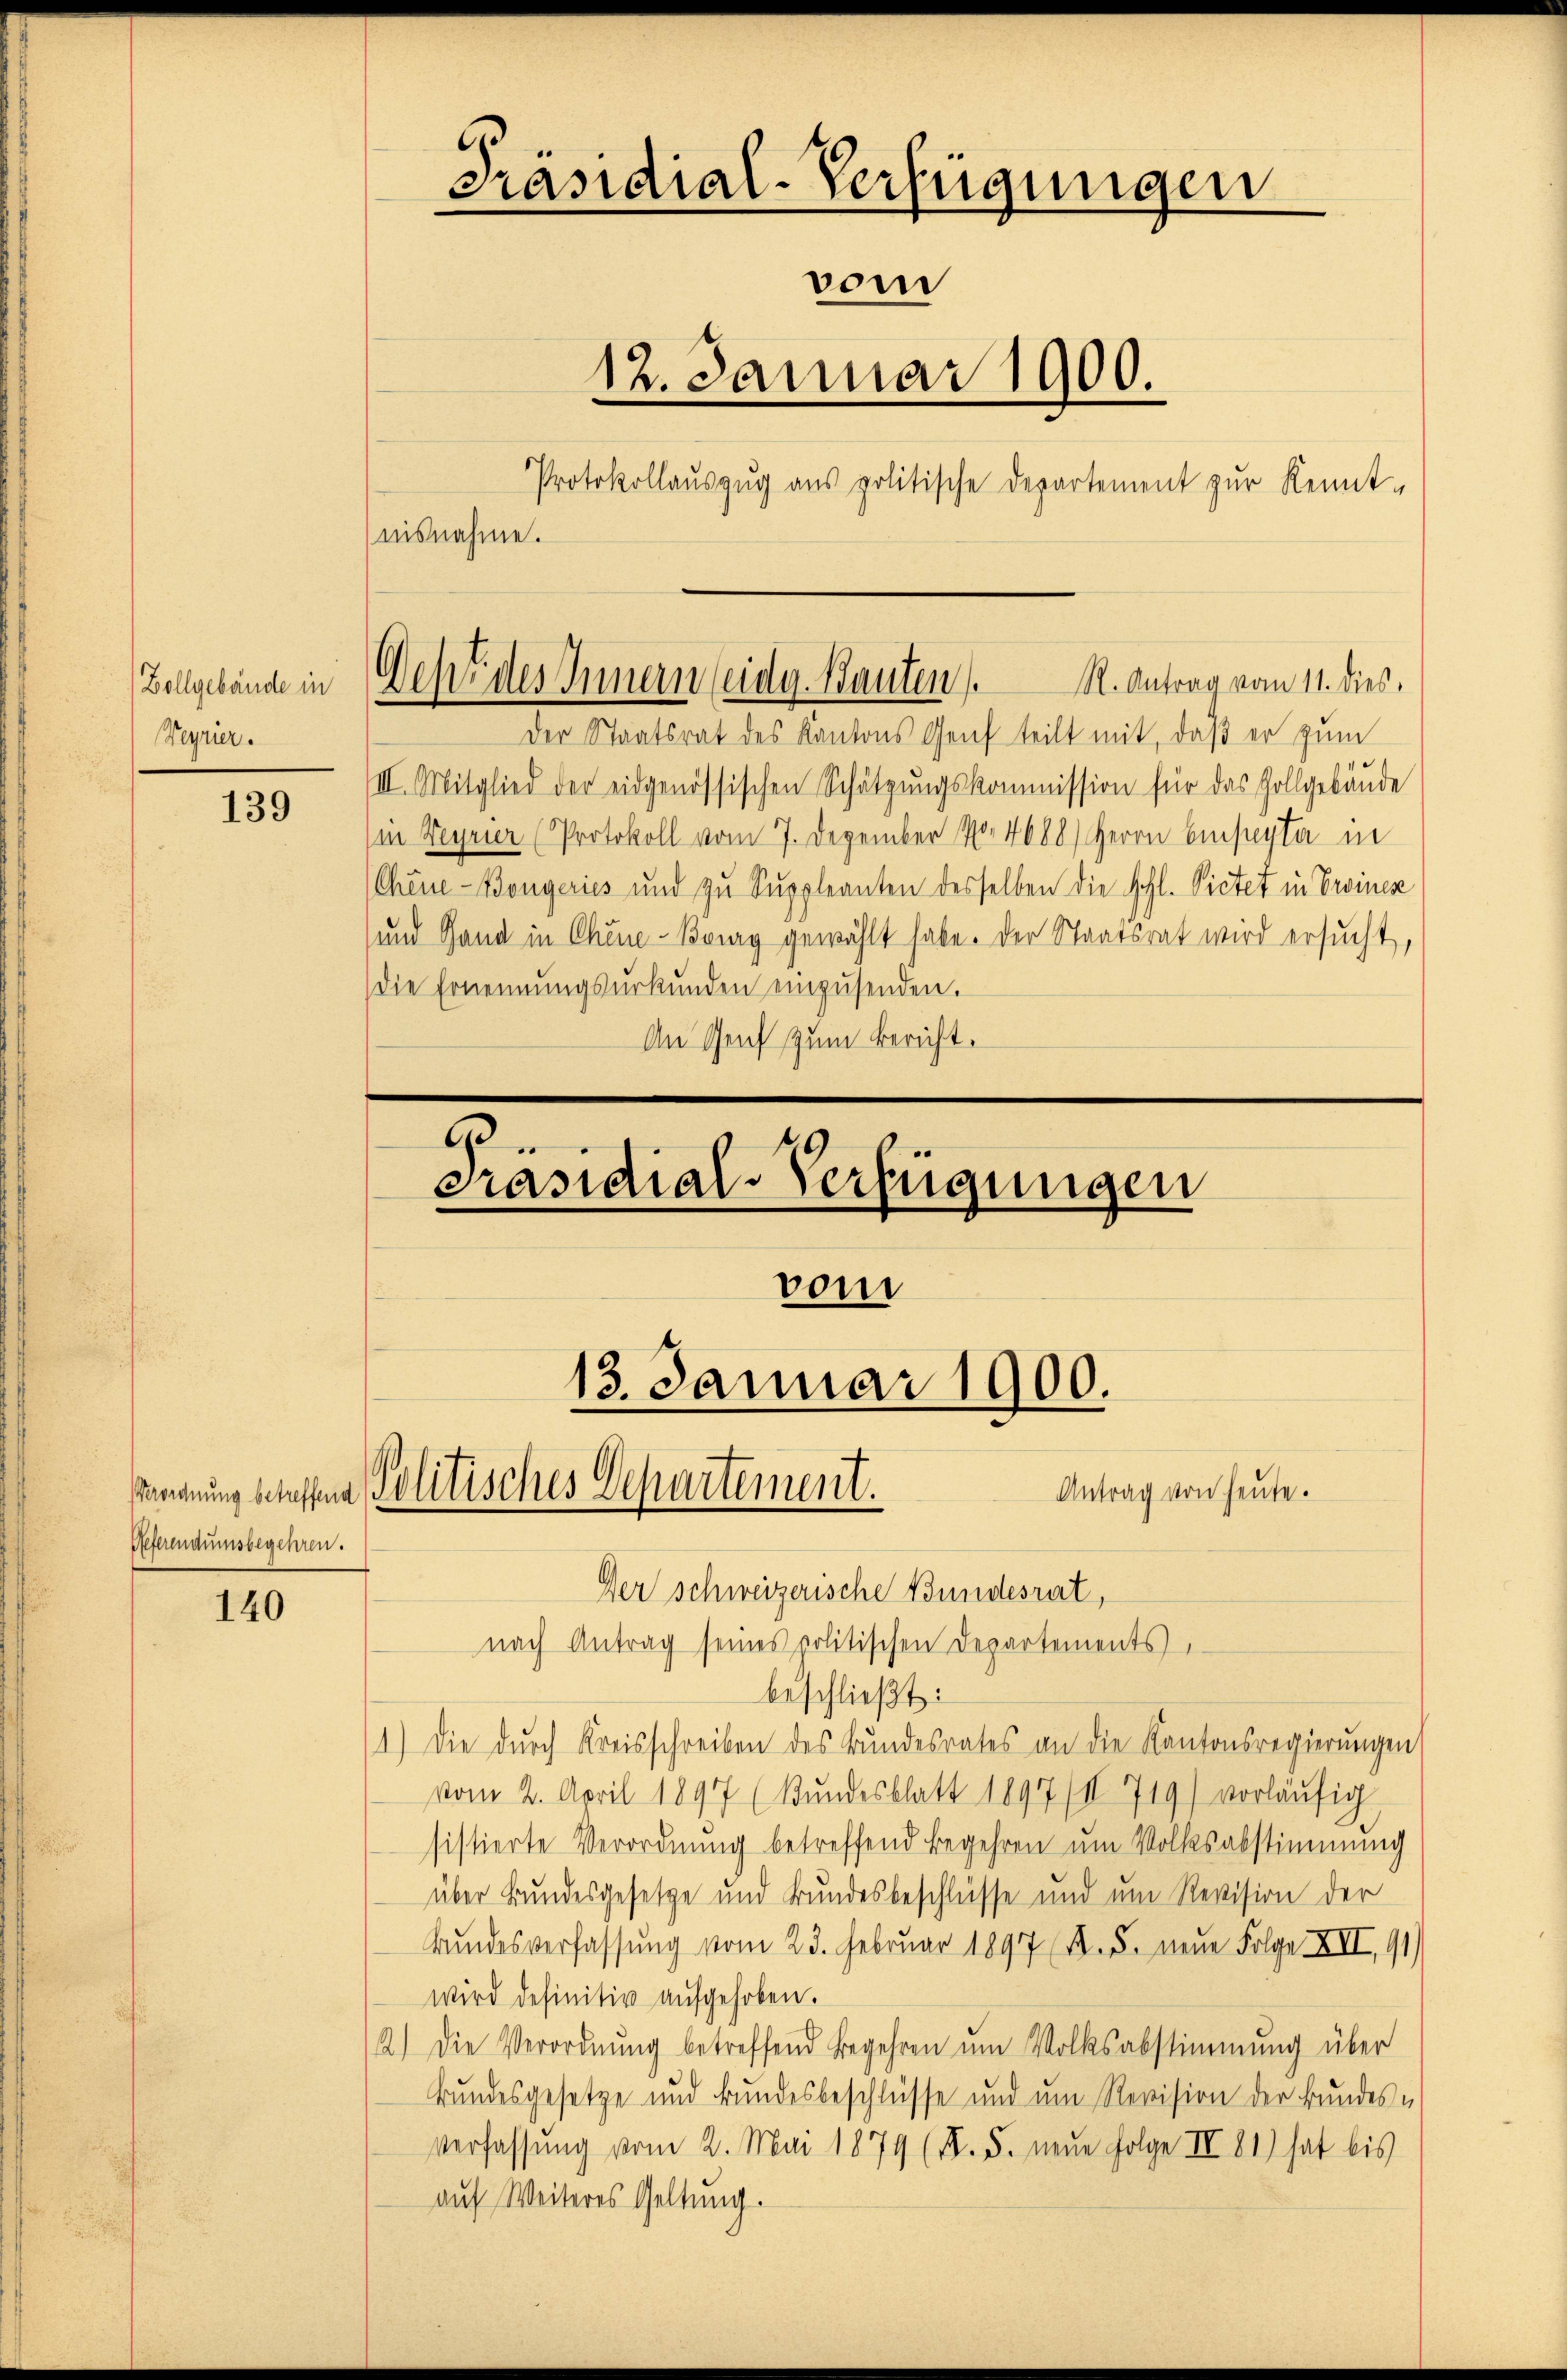
Zollgebäude in
Weyrier.

139

Referendumsbegehren.

140

Präsidial-Verfügungen
vom
12. Januar 1900.
—
Protokollauszug aus politische Departement zur Kennt-
nisnahme.

Der Staatsrat des Kantons Genf teilt mit, daß er zum
III. Mitglied der eidgenössischen Schätzungskommission für das Zollgebäude
in Weyrier (Protokoll vom 7. Dezember No. 4688) Herrn Empepta in
Chine-Bongeries und zu Suppleanten desselben die Schl. Victet in Eriner
und Hand in Chene-Brig gewählt habe. Der Staatsrat wird ersucht,
die Ernennŭngsŭrkŭnden einzŭsenden.
An Genf zum Bericht.

R. Antrag vom 11. dies
Dehe des Innern eidg. Bauten

Präsidial-Verfügungen
vom
13. Januar 1900.
Antrag von heute.
andnung betreffene Politisches Departement.

Der schweizerische Bundesrat,
nach Antrag seines politischen Departements
beschließt:
1.) Die durch Kreisschreiben des Bundesrates an die Kantonsregierungen
vom 2. April 1897 (Bundesblatt 1897 (II 719) vorläufig
sistierte Verordnung betreffend Begehren um Volksabstimmung
über Bundesgesetze und Bundesbeschlüsse und um Revision der
Bundesverfassung vom 23. Februar 1897 Fr. 5. neue Folge XII, 91)
wird definitiv aufgehoben.
2.) Die Verordnŭng betreffend Begehren um Volksabstimmung über
Bundesgesetze und Bundesbeschlüsse und um Revision der Bundes u
Verfassung vom 2. Mai 1879 (I. 5. neue Folge IV 81) hat bis
auf Weiteres Geltung.